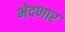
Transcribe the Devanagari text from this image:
भेदणार